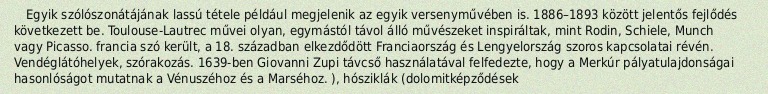
Egyik szólószonátájának lassú tétele például megjelenik az egyik versenyművében is. 1886–1893 között jelentős fejlődés következett be. Toulouse-Lautrec művei olyan, egymástól távol álló művészeket inspiráltak, mint Rodin, Schiele, Munch vagy Picasso. francia szó került, a 18. században elkezdődött Franciaország és Lengyelország szoros kapcsolatai révén. Vendéglátóhelyek, szórakozás. 1639-ben Giovanni Zupi távcső használatával felfedezte, hogy a Merkúr pályatulajdonságai hasonlóságot mutatnak a Vénuszéhoz és a Marséhoz. ), hósziklák (dolomitképződések